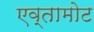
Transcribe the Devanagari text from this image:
एव्तामोट